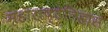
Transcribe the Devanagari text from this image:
महाराष्ट्रेतिहास